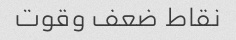
نقاط ضعف وقوت